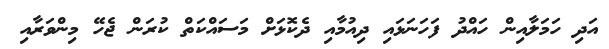
އަދި ހަމަލާއިން ހައްދު ފަހަނަޅައި ދިއުމާއި ދެކޮޅަށް މަސައްކަތް ކުރަން ޖެހޭ މިންވަރާއި